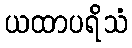
ယထာပရိသံ